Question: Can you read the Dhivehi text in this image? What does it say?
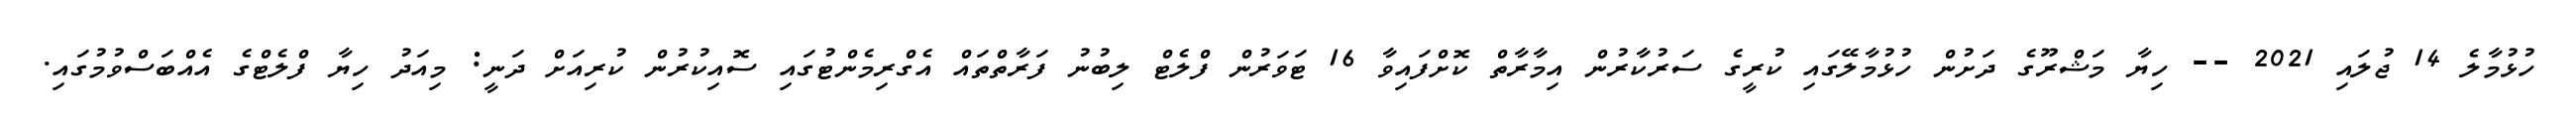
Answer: ހުޅުމާލެ 14 ޖުލައި 2021 -- ހިޔާ މަޝްރޫގެ ދަށުން ހުޅުމާލޭގައި ކުރީގެ ސަރުކާރުން އިމާރާތް ކޮށްފައިވާ 16 ޓަވަރުން ފްލެޓް ލިބުނު ފަރާތްތައް އެގްރިމެންޓުގައި ސޮއިކުރުން ކުރިއަށް ދަނީ: މިއަދު ހިޔާ ފްލެޓްގެ އެއްބަސްވުމުގައި.